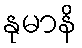
နုမာနိ